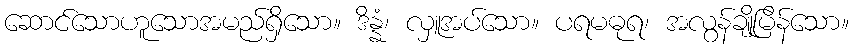
ဆောင်သောဟူသောအမည်ရှိသော။ ဒိန္နံ၊ လှူအပ်သော။ ပရမဓုရ၊ အလွန်ချိုမြိန်သော။